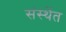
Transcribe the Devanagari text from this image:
संस्थेंत